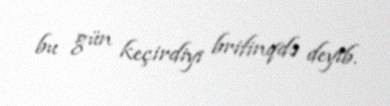
bu gün keçirdiyi brifinqdə deyib.